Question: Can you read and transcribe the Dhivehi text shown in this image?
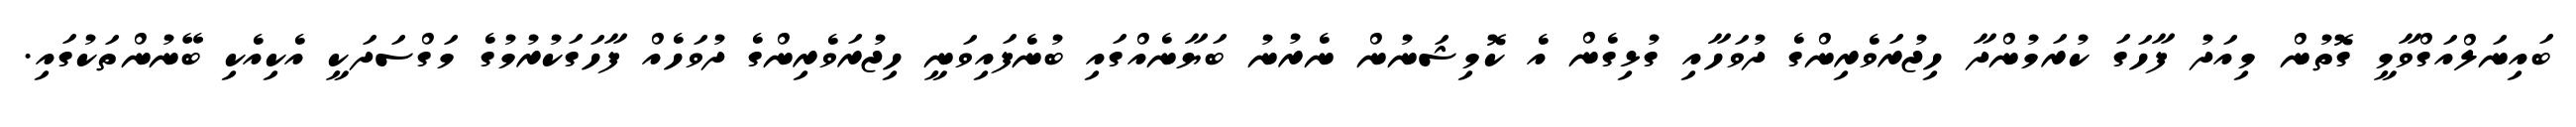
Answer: ބައިނަލްއަގްވާމީ ގޮތުން މިއަދު ފާހަގަ ކުރަމުންދާ ހިޖުރަވެރިންގެ ދުވަހާއި ގުޅިގެން އެ ކޮމިޝަނުން ނެރުނު ބަޔާނެއްގައި ބުނެފައިވަނީ ހިޖުރަވެރިންގެ ދުވަހެއް ފާހަގަކުރުމުގެ މަގްސަދަކީ އެކިއެކި ބޭނުންތަކުގައި.